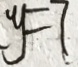
y = 7